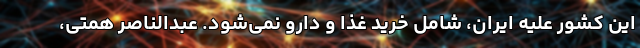
این کشور علیه ایران، شامل خرید غذا و دارو نمی‌شود. عبدالناصر همتی،